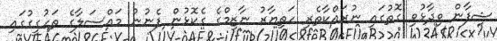
ޝިފާން ވިދާޅުވި ގޮތުގައި ނުރައްކާތެރި ހަތިޔާރު ނާޒިމްގެ ގެކޮޅުން ފެނުނު މައްސަލާގެ ތަހުގީގުގައި